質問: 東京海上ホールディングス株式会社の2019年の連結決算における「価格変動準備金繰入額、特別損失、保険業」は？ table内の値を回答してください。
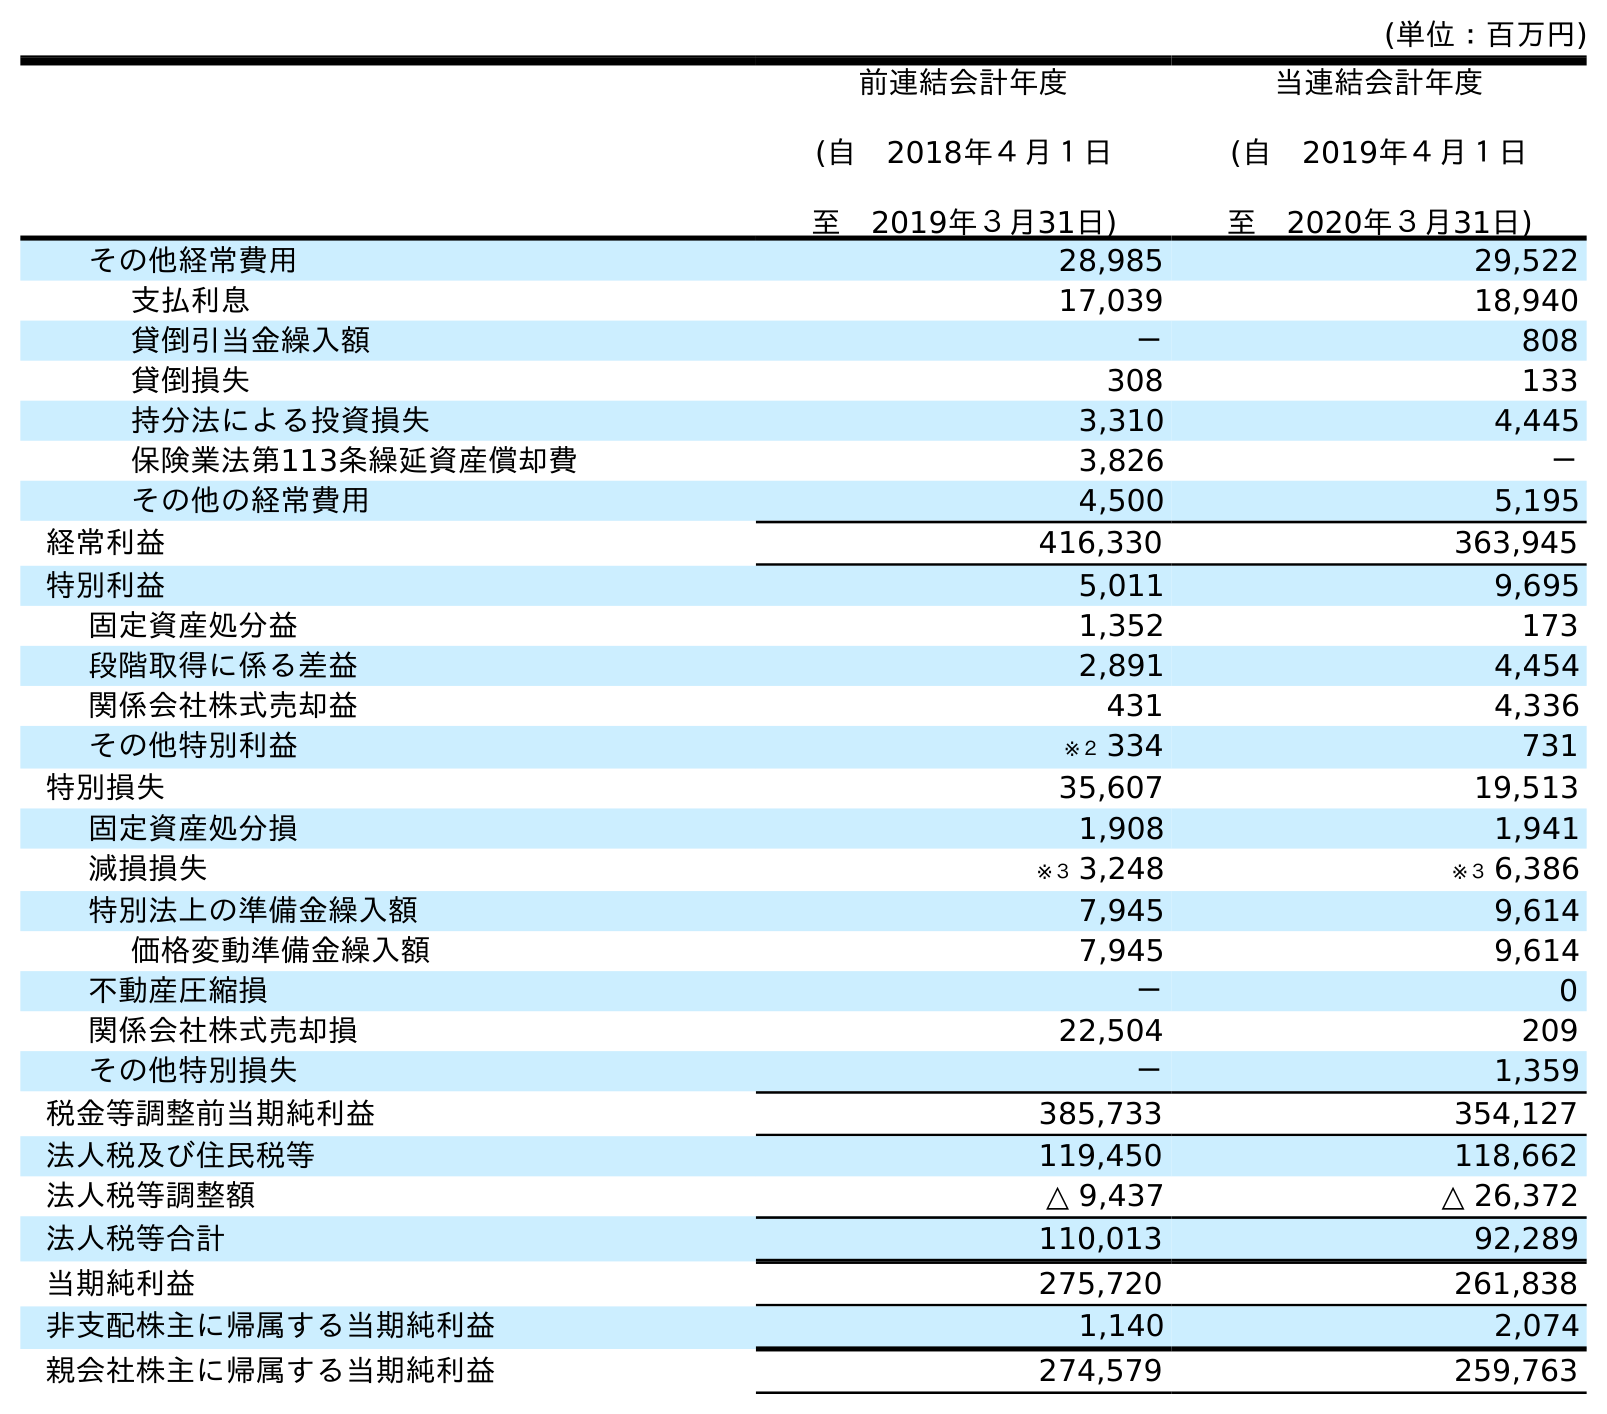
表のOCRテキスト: (単位：百万円) 前連結会計年度 (自 2018年４月１日 至 2019年３月31日) 当連結会計年度 (自 2019年４月１日 至 2020年３月31日) その他経常費用 28,985 29,522 支払利息 17,039 18,940 貸倒引当金繰入額 － 808 貸倒損失 308 133 持分法による投資損失 3,310 4,445 保険業法第113条繰延資産償却費 3,826 － その他の経常費用 4,500 5,195 経常利益 416,330 363,945 特別利益 5,011 9,695 固定資産処分益 1,352 173 段階取得に係る差益 2,891 4,454 関係会社株式売却益 431 4,336 その他特別利益 ※２ 334 731 特別損失 35,607 19,513 固定資産処分損 1,908 1,941 減損損失 ※３ 3,248 ※３ 6,386 特別法上の準備金繰入額 7,945 9,614 価格変動準備金繰入額 7,945 9,614 不動産圧縮損 － 0 関係会社株式売却損 22,504 209 その他特別損失 － 1,359 税金等調整前当期純利益 385,733 354,127 法人税及び住民税等 119,450 118,662 法人税等調整額 △ 9,437 △ 26,372 法人税等合計 110,013 92,289 当期純利益 275,720 261,838 非支配株主に帰属する当期純利益 1,140 2,074 親会社株主に帰属する当期純利益 274,579 259,763
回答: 7,945